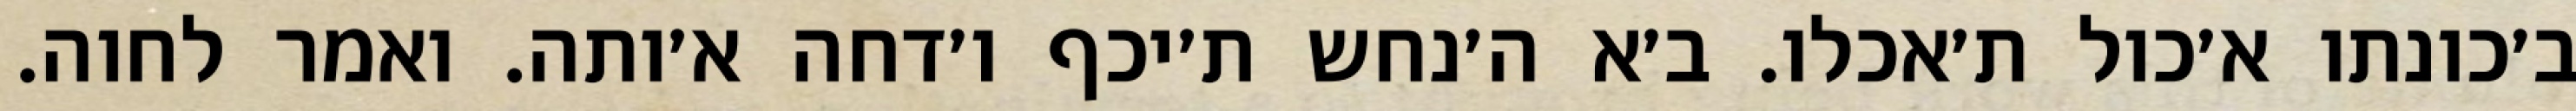
ב׳כונתו א׳כול ת׳אכלו. ב׳א ה׳נחש ת׳יכף ו׳דחה א׳ותה. ואמר לחוה.